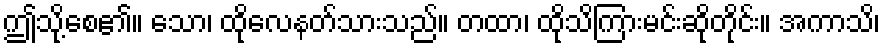
ဤသို့စေ၏။ သော၊ ထိုလေနတ်သားသည်။ တထာ၊ ထိုသိကြားမင်းဆိုတိုင်း။ အကာသိ၊